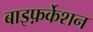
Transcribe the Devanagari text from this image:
बाइफ़र्केशन